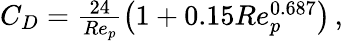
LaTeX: \begin{array}{r}{C_{D}=\frac{24}{Re_{p}}\left(1+0.15Re_{p}^{0.687}\right)\, ,}\end{array}